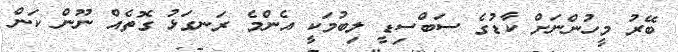
ބޭރު މީހުންނަށް ކާޑުގެ ސަބްސިޑީ ލިބުމަކީ އެންމެ ރަނގަޅު ގޮތެއް ނޫން ކަން